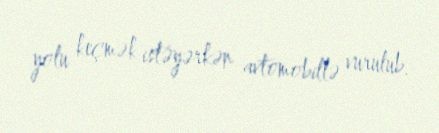
yolu keçmək istəyərkən avtomobillə vurulub.